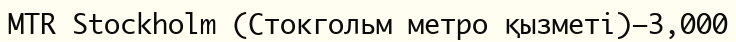
MTR Stockholm (Стокгольм метро қызметі)—3,000